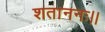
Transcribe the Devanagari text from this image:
शताननः।।